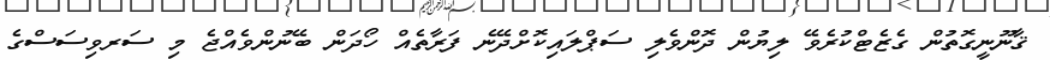
ޤާނޫނީގޮތުން ގެޒެޓްކުރެވޭ ލިޔުން ދޮންވެލި ސަޕްލައިކޮށްދޭނެ ފަރާތެއް ހޯދަން ބޭނުންވެއްޖެ މި ސަރވިސަސްގެ